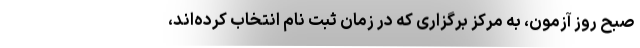
صبح روز آزمون، به مرکز برگزاری که در زمان ثبت نام انتخاب کرده‌اند،